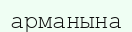
арманына